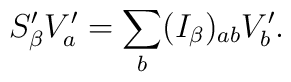
S_\beta^\prime V_a^\prime = \sum_b (I_\beta)_{a b} V_b^\prime.